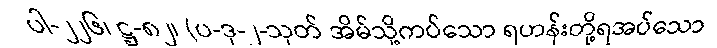
ပါ-၂၂၆၊ ဋ္ဌ-၈၂၊ (ပ-ဒု-၂-သုတ် အိမ်သို့ကပ်သော ရဟန်းတို့ရအပ်သော